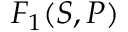
F _ { 1 } ( S , P )